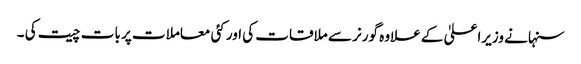
سنہا نے وزیراعلیٰ کے علاوہ گورنر سے ملاقات کی اور کئی معاملات پر بات چیت کی ۔